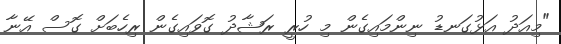
"މިއަދު އަޅުގަނޑު ނިންމައިގެން މި ހުރީ ރަޝާދު ގޮވައިގެން ރިހެބަށް ގޮސް އޭނާ